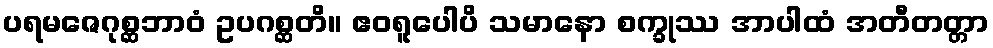
ပရမဇေဂုစ္ဆဘာဝံ ဥပဂစ္ဆတိ။ ဧဝရူပေါပိ သမာနော စက္ခုဿ အာပါထံ အတီတတ္တာ